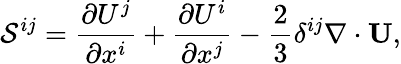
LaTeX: {\cal{S}}^{ij}=\frac{\partial U^{j}}{\partial x^{i}}+\frac{\partial U^{i}}{\partial x^{j}}-\frac{2}{3}\delta^{ij}\nabla\cdot{\mathbf{U}},